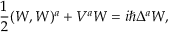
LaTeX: \frac { 1 } { 2 } ( W , W ) ^ { a } + V ^ { a } W = i \hbar \Delta ^ { a } W ,